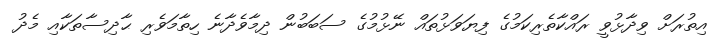
އިތުރަށް ވިދާޅުވީ ރައްކާތެރިކަމުގެ ފިޔަވަޅުތައް ނޭޅުމުގެ ސަބަބުން ދިމާވެދާނެ ހިތާމަވެރި ޙާދިސާތަކާއި މެދު